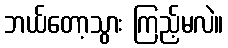
ဘယ်တော့သွား ကြည့်မလဲ။